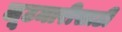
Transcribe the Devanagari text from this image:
लूटमारीसाठी